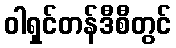
ဝါရှင်တန်ဒီစီတွင်